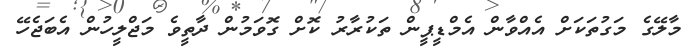
މާލޭގެ މަގުތަަކަށް އެއްވާން އެމްޑީޕީން ތަކުރާރު ކޮށް ގޮވަމުން ދާތީވެ މަޖްލީހުން އެބަޖެހޭ